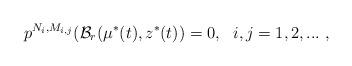
LaTeX: \begin{align*} p^{N_i, M_{i,j}} (\mathcal{B}_r(\mu^*(t), z^*(t)) = 0, \ \ i, j= 1,2,... \ ,\end{align*}